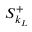
S _ { k _ { L } } ^ { + }